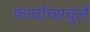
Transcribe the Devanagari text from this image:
फाचोच्सचुले